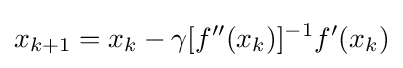
x_{k+1}=x_{k}-\gamma [f''(x_{k})]^{-1}f'(x_{k})